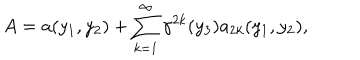
LaTeX: A = a ( y _ { 1 } , y _ { 2 } ) + \sum _ { k = 1 } ^ { \infty } { \gamma } ^ { 2 k } ( y _ { 3 } ) a _ { 2 k } ( y _ { 1 } , y _ { 2 } ) ,